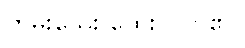
ကွမ်းသွေး ထွေးလိုက်၏။